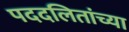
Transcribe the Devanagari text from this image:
पददलितांच्या